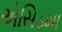
એસિડમા